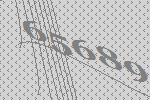
65689